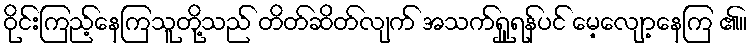
ဝိုင်းကြည့်နေကြသူတို့သည် တိတ်ဆိတ်လျက် အသက်ရှူရန်ပင် မေ့လျော့နေကြ ၏။